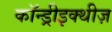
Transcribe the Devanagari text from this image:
कॉन्ड्रीइक्थीज़